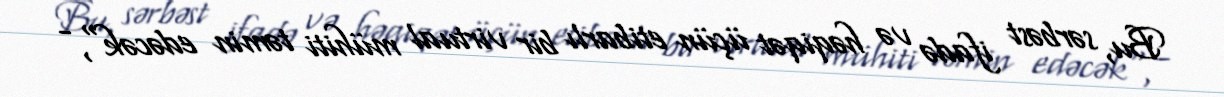
Bu, sərbəst ifadə və həqiqət üçün etibarlı bir virtual mühiti təmin edəcək", -